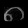
Digit: ၈